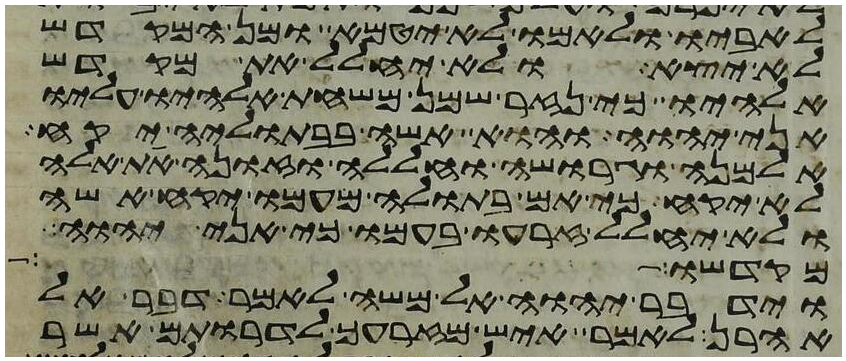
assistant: לאביו ולאמו לא יטמא ומן המקדש
לא יצא ולא יחלל את מקדש
אלהיו כי נזר שמן משחת אלהיו עליו
אני יהוה והוא אשה בבתוליה יקח
אלמנה וגרושה וחללה וזונה את אלה
לא יקח כי אם בתולה מעמו יקח אשה
ולא יחלל זרעו בעמו כי אני יהוה
מקדשו
וידבר יהוה אל משה לאמר דבר אל
אהרן לאמר איש מזרעך לדרותם אשר